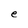
Character: e